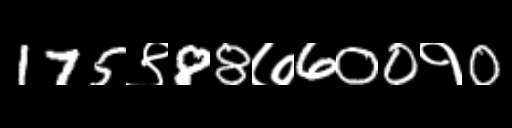
Text: 175९88७600१0